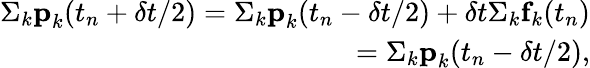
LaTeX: \begin{array}{r}{\Sigma_{k}\textbf{p}_{k}(t_{n}+\delta t/2)=\Sigma_{k}\textbf{p}_{k}(t_{n}-\delta t/2)+\delta t\Sigma_{k}\textbf{f}_{k}(t_{n})}\\ {=\Sigma_{k}\textbf{p}_{k}(t_{n}-\delta t/2),}\end{array}